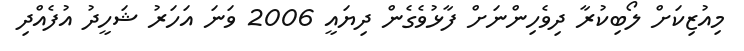
މިއުޒިކަށް ލޯބިކުރާ ދިވެހިންނަށް ފާޅުވެގެން ދިޔައީ 2006 ވަނަ އަހަރު ޝަހީދު އުފެއްދި